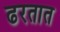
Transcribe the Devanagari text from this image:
ढरतात